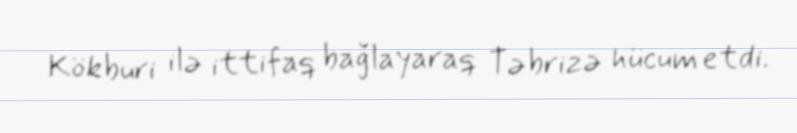
Kökburi ilə ittifaq bağlayaraq Təbrizə hücum etdi.